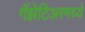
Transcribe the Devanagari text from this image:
गॅझेटिअरमध्ये